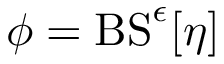
\phi = \mathrm { B S } ^ { \epsilon } [ \eta ]